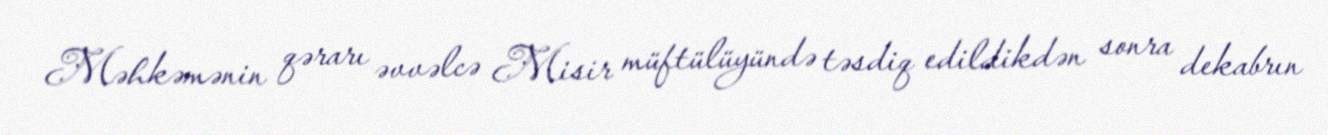
Məhkəmənin qərarı əvvəlcə Misir müftülüyündə təsdiq edildikdən sonra dekabrın